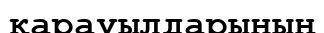
қарауылдарының